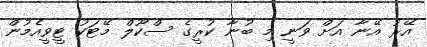
އޭރު އޭނާ އަށް ވަނީ މި ބުނާ ކުރީގެ ސްކޫލް މޭޓަކު ޓީވީއެމުން